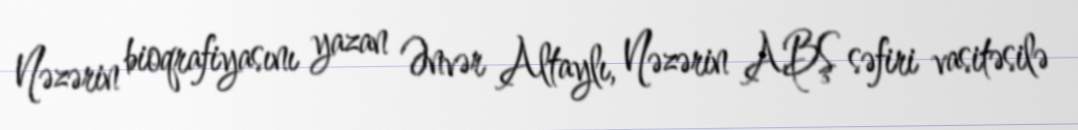
Nəzərin bioqrafiyasını yazan Ənvər Altaylı, Nəzərin ABŞ səfiri vasitəsilə